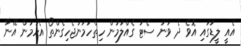
އެއީ ލީޑުގައި އޮވެ ދެ ވަނަ ސެޓު ގެއްލުމުން ހިތްހަމަނުޖެހިގެންތޯ އެހުމުން އޭނާ